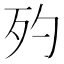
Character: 𣧀